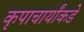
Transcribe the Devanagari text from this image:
कृपाचार्यांकडे